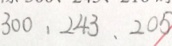
3 0 0 , 2 4 3 , 2 0 5